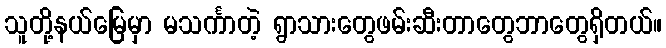
သူတို့နယ်မြေမှာ မသင်္ကာတဲ့ ရွာသားတွေဖမ်းဆီးတာတွေဘာတွေရှိတယ်။